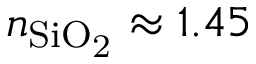
n _ { \mathrm { S i O _ { 2 } } } \approx 1 . 4 5